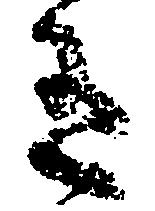
有